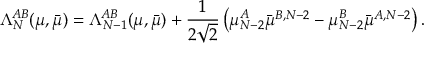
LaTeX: \Lambda _ { N } ^ { A B } ( \mu , \bar { \mu } ) = \Lambda _ { N - 1 } ^ { A B } ( \mu , \bar { \mu } ) + \frac { 1 } { 2 \sqrt { 2 } } \left( \mu _ { N - 2 } ^ { A } \bar { \mu } ^ { B , N - 2 } - \mu _ { N - 2 } ^ { B } \bar { \mu } ^ { A , N - 2 } \right) .